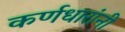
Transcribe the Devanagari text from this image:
कर्णधारांनी